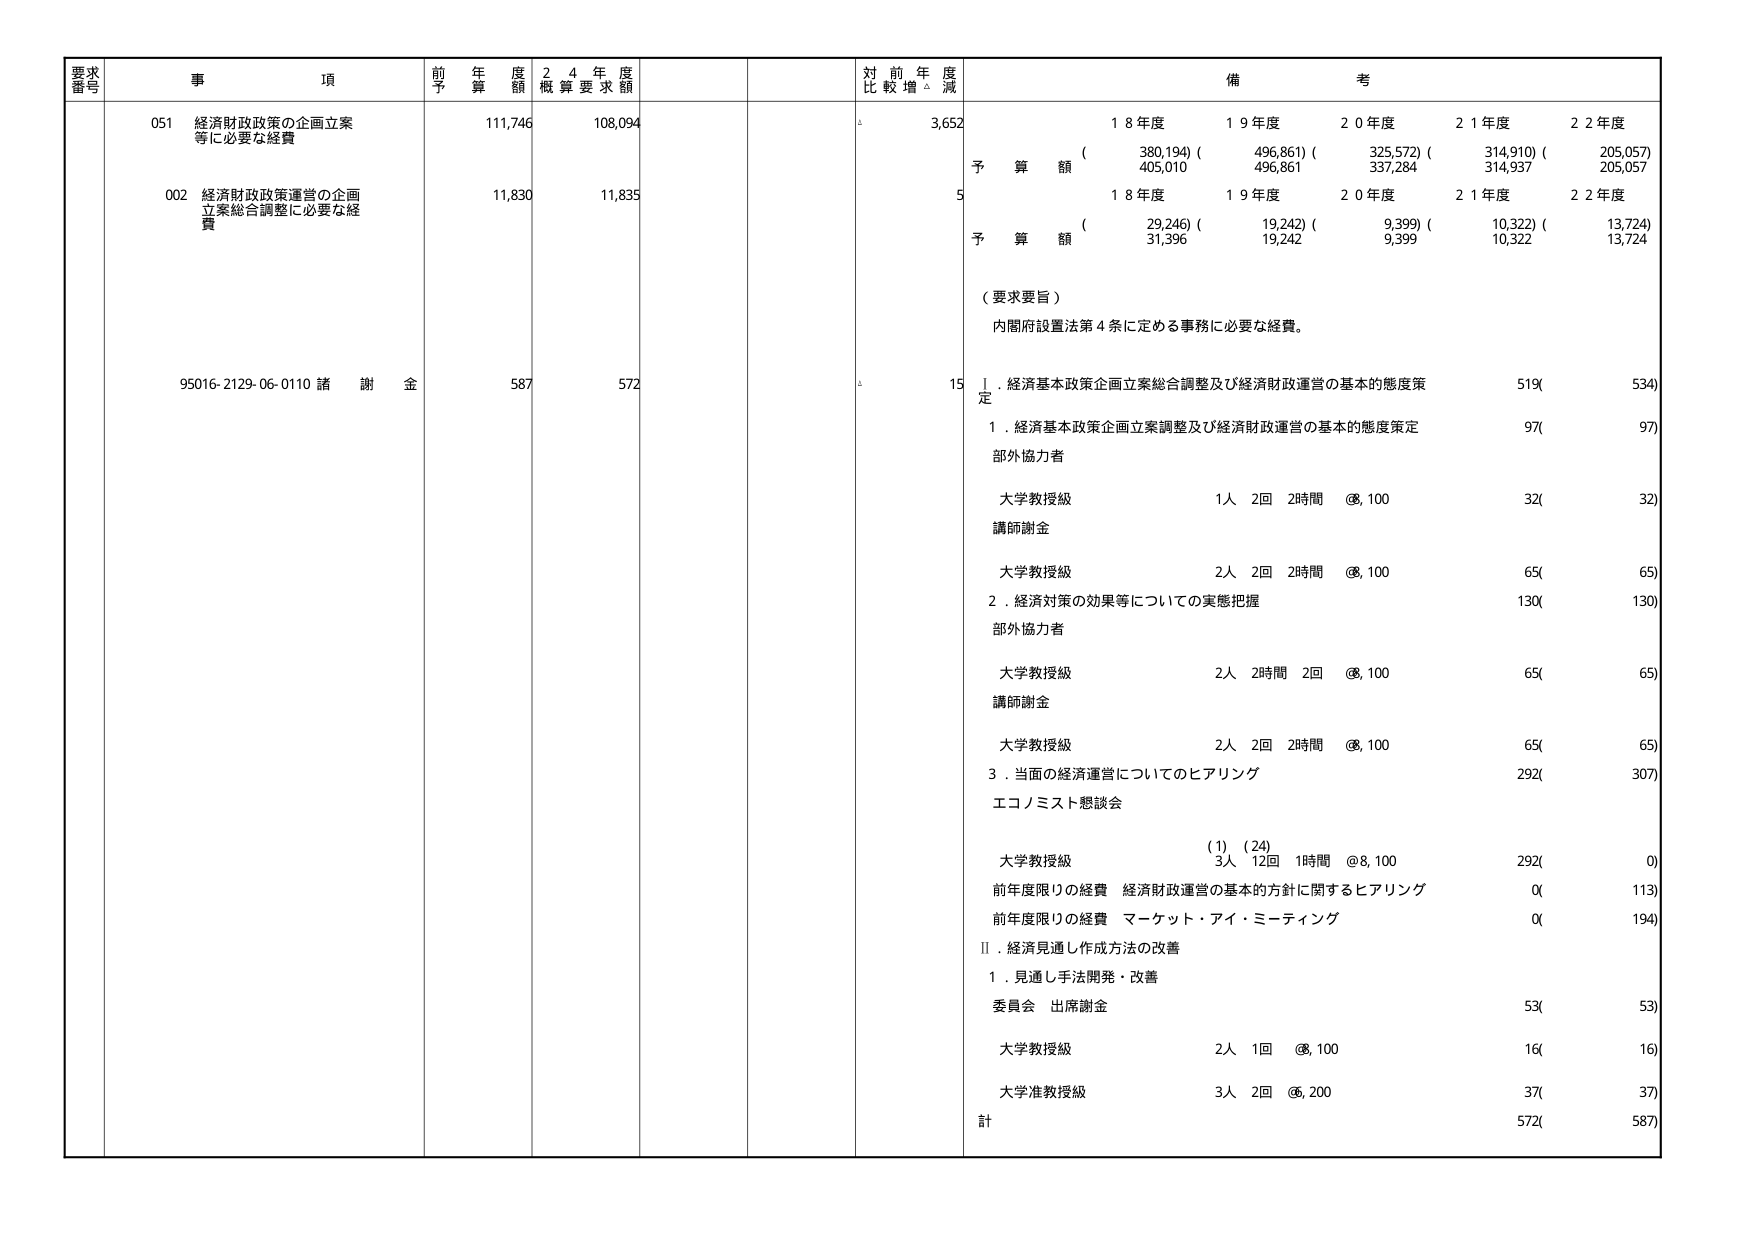
要求番号 事項 前年度予算額 24年度概算要求額 対前年度比較増減 備考
051 経済財政政策の企画立案等に必要な経費 111,746 108,094 3,652 予算額 18年度 19年度 20年度 21年度 22年度 (380,194) (496,861) (325,572) (314,910) (205,057) 405,010 496,861 337,284 314,937 205,057
002 経済財政政策運営の企画立案総合調整に必要な経費 11,830 11,835 5 予算額 18年度 19年度 20年度 21年度 22年度 (29,246) (19,242) (9,399) (10,322) (13,724) 31,396 19,242 9,399 10,322 13,724
（要求要旨） 内閣府設置法第4条に定める事務に必要な経費。
95016-2129-06-0110 諸謝金 587 572 15 Ⅰ．経済基本政策企画立案総合調整及び経済財政運営の基本的態度策定 519( 534)
1．経済基本政策企画立案調整及び経済財政運営の基本的態度策定 97( 97)
部外協力者
大学教授級 1人 2回 2時間 @8,100 32( 32)
講師謝金
大学教授級 2人 2回 2時間 @8,100 65( 65)
2．経済対策の効果等についての実態把握 130( 130)
部外協力者
大学教授級 2人 2時間 2回 @8,100 65( 65)
講師謝金
大学教授級 2人 2回 2時間 @8,100 65( 65)
3．当面の経済運営についてのヒアリング 292( 307)
エコノミスト懇談会
(1) (24) 大学教授級 3人 12回 1時間 @8,100 292( 0)
前年度限りの経費 経済財政運営の基本的方針に関するヒアリング 0( 113)
前年度限りの経費 マーケット・アイ・ミーティング 0( 194)
Ⅱ．経済見通し作成方法の改善
1．見通し手法開発・改善
委員会 出席謝金 53( 53)
大学教授級 2人 1回 @8,100 16( 16)
大学准教授級 3人 2回 @6,200 37( 37)
計 572( 587)